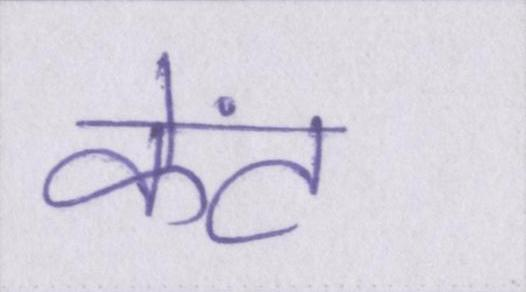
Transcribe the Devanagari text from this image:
केंट